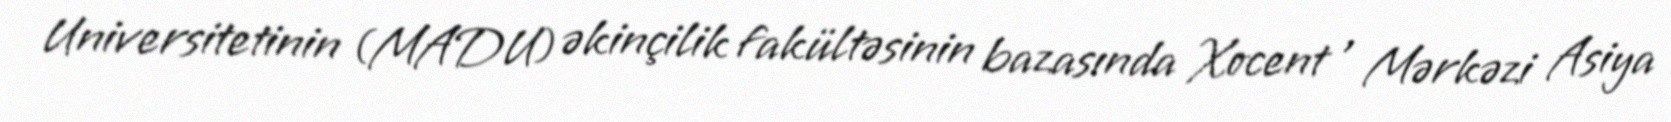
Universitetinin (MADU) əkinçilik fakültəsinin bazasında Xocent , Mərkəzi Asiya